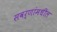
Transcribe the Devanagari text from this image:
सवर्णांमधील